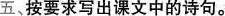
五、按要求写出课文中的诗句。